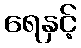
ရေနှင့်